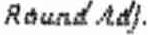
ROUND ADJ.